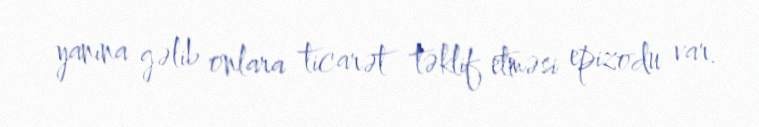
yanına gəlib onlara ticarət təklif etməsi epizodu var.